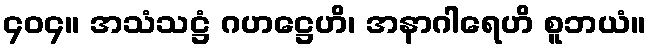
၄၀၄။ အသံသဋ္ဌံ ဂဟဋ္ဌေဟိ၊ အနာဂါရေဟိ စူဘယံ။